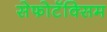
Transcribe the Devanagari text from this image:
सेफोटॅक्सिम